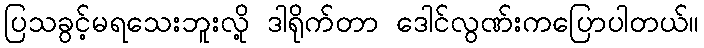
ပြသခွင့်မရသေးဘူးလို့ ဒါရိုက်တာ ဒေါင်လွဏ်းကပြောပါတယ်။